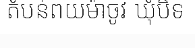
តំបន់ពយម៉ាចូវ ឃុំបិទ